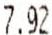
7.92